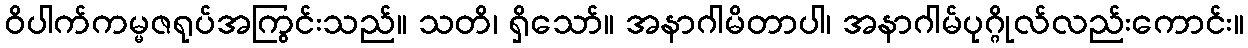
ဝိပါက်ကမ္မဇရုပ်အကြွင်းသည်။ သတိ၊ ရှိသော်။ အနာဂါမိတာပါ၊ အနာဂါမ်ပုဂ္ဂိုလ်လည်းကောင်း။